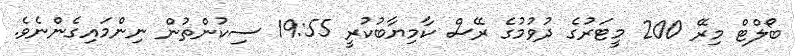
ބޯލްޓް މިރޭ 200 މީޓަރުގެ ދުވުމުގެ ރޭސް ކާމިޔާބުކުރީ 19:55 ސިކުންތުން ނިންމައިގެންނެވެ.